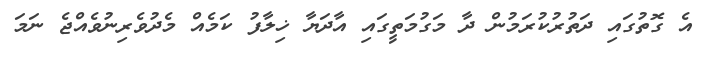
އެ ގޮތުގައި ދަތުރުކުރަމުން ދާ މަގުމަތީގައި އާދަޔާ ޚިލާފު ކަމެއް މެދުވެރިނުވެއްޖެ ނަމަ